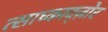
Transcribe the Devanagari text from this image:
त्साघ्काद्ज़ोर